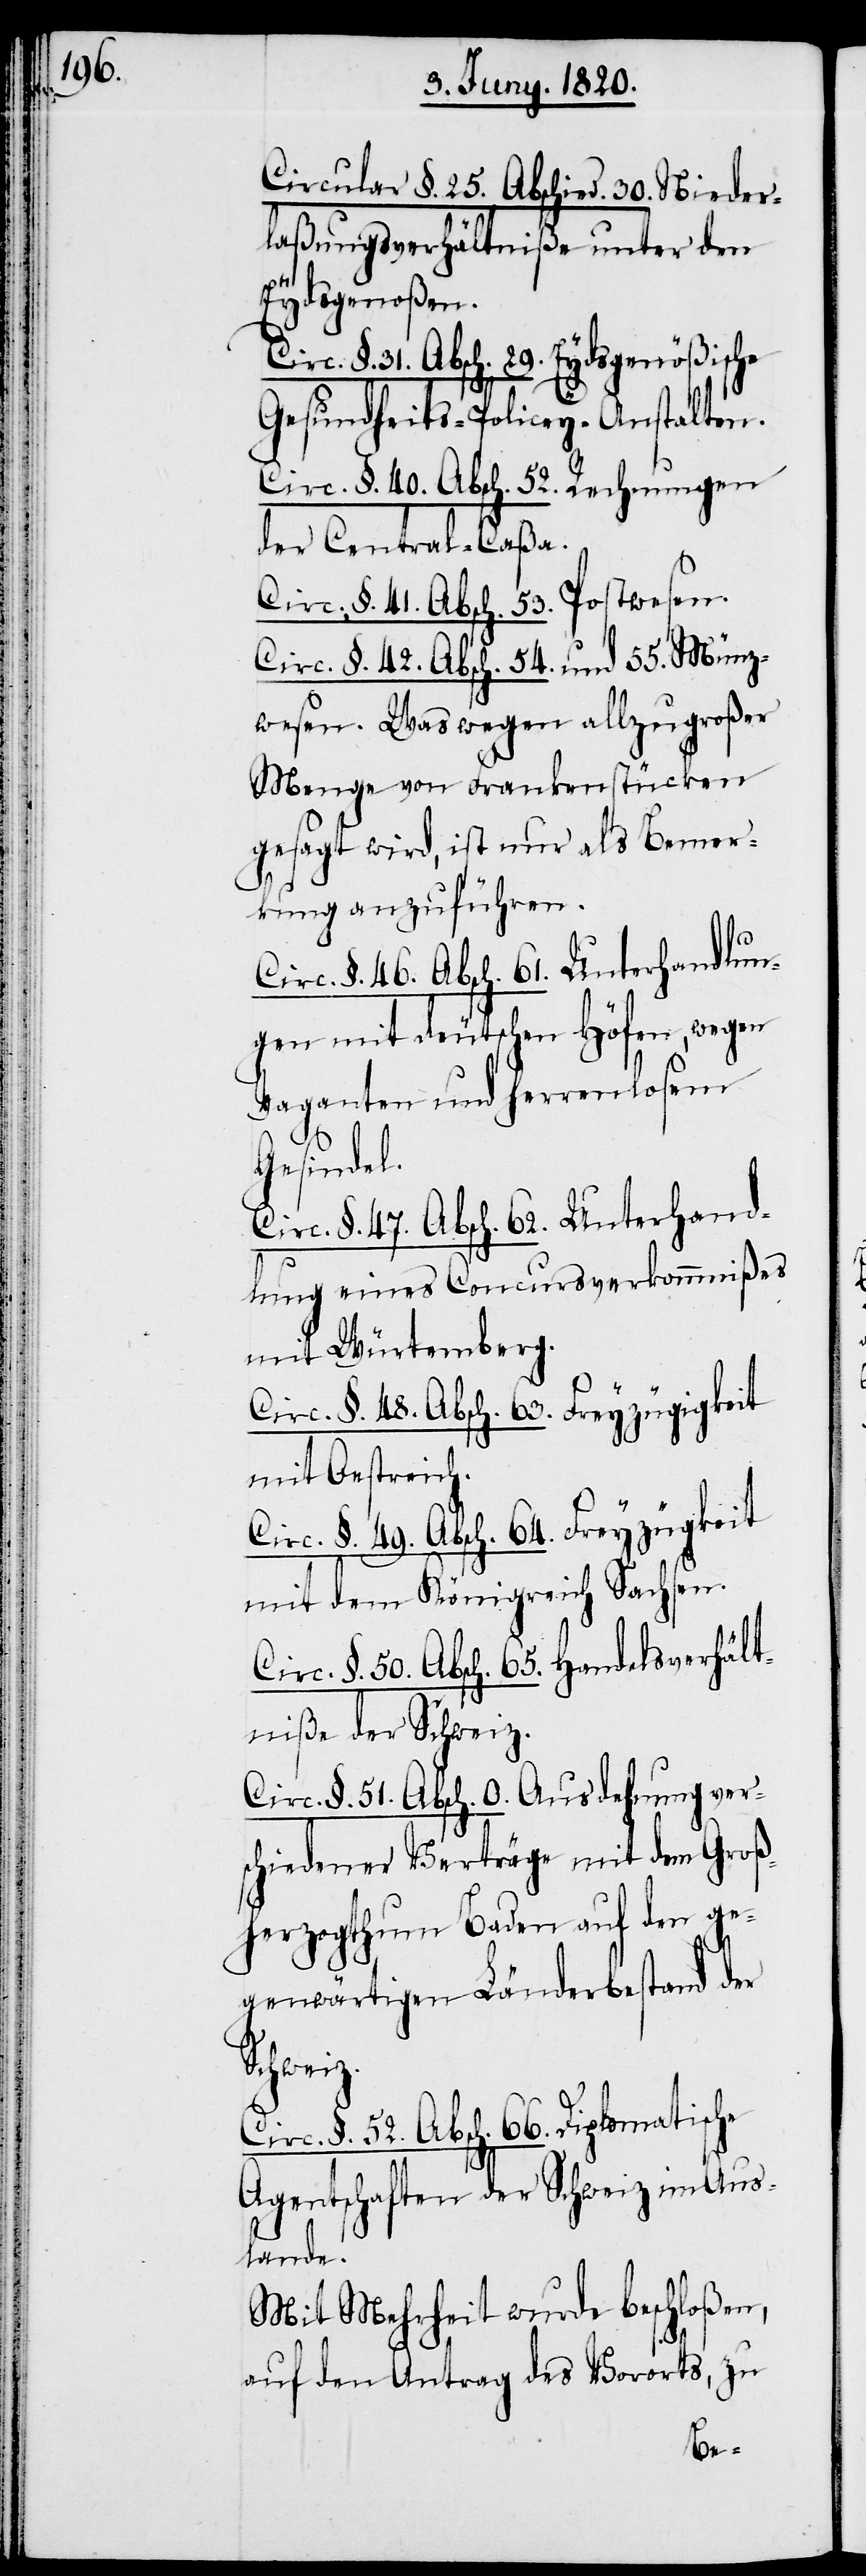
Circular §. 25. Abschied. 30. Nieder¬
laßungsverhältniße unter den
Eydsgenoßen.
§. 31. Absch. 29. Eydsgenößische
Gesundheits-Policey-Anstalten.
Circ. §. 40. Absch. 52. Rechnungen
der Central-Caßa.
Circ. §. 41. Absch. 53. Postwesen.
Circ. §. 42. Absch. 54. und 55. Münz¬
wesen. Was wegen allzu großer
Menge von Frankenstücken
gesagt wird, ist nur als Bemer¬
kung anzuführen.
Circ. §. 46. Absch. 61. Unterhandlun¬
gen mit deutschen Höfen, wegen
Vaganten und herrenlosem
Gesindel.
Circ. §. 47. Absch. 62. Unterhand¬
lungen eines Concursverkommnißes
mit Würtemberg.
Circ. §. 49. Absch. 64. Freyzügigkeit
mit Oesterreich.
mit dem Königreich Sachsen.
Circ. §. 50. Absch. 65. Handelsverhält¬
niße der Schweiz.
Circ. §. 51. Absch. 0. Ausdehnung ver¬
schiedener Verträge mit dem Groß¬
herzogthum Baden auf den ge¬
genwärtigen Länderbestand der
Circ. §. 52. Absch. 66. Diplomatische
Agentschaften der Schweiz im Aus¬
lande.
Mit Mehrheit wurde beschloßen,
auf den Antrag des Vororts, zu